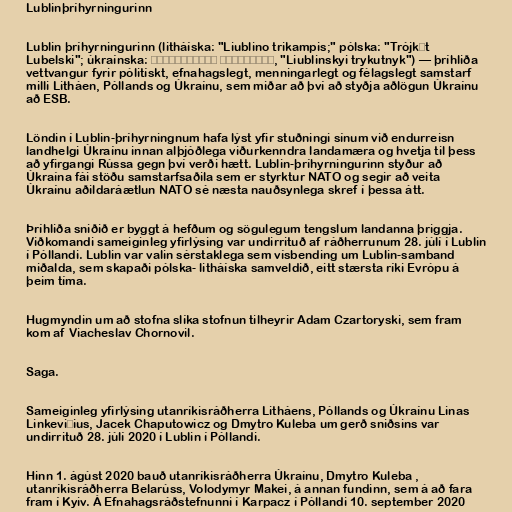
Lublinþríhyrningurinn

Lublin þríhyrningurinn (litháíska: "Liublino trikampis;" pólska: "Trójkąt
Lubelski"; úkraínska: Люблінський трикутник, "Liublinskyi trykutnyk") — þríhliða
vettvangur fyrir pólitískt, efnahagslegt, menningarlegt og félagslegt samstarf
milli Litháen, Póllands og Úkraínu, sem miðar að því að styðja aðlögun Úkraínu
að ESB.

Löndin í Lublin-þríhyrningnum hafa lýst yfir stuðningi sínum við endurreisn
landhelgi Úkraínu innan alþjóðlega viðurkenndra landamæra og hvetja til þess
að yfirgangi Rússa gegn því verði hætt. Lublin-þríhyrningurinn styður að
Úkraína fái stöðu samstarfsaðila sem er styrktur NATO og segir að veita
Úkraínu aðildaráætlun NATO sé næsta nauðsynlega skref í þessa átt.

Þríhliða sniðið er byggt á hefðum og sögulegum tengslum landanna þriggja.
Viðkomandi sameiginleg yfirlýsing var undirrituð af ráðherrunum 28. júlí í Lublin
í Póllandi. Lublin var valin sérstaklega sem vísbending um Lublin-samband
miðalda, sem skapaði pólska- litháíska samveldið, eitt stærsta ríki Evrópu á
þeim tíma.

Hugmyndin um að stofna slíka stofnun tilheyrir Adam Czartoryski, sem fram
kom af Viacheslav Chornovil.

Saga.

Sameiginleg yfirlýsing utanríkisráðherra Litháens, Póllands og Úkraínu Linas
Linkevičius, Jacek Chaputowicz og Dmytro Kuleba um gerð sniðsins var
undirrituð 28. júlí 2020 í Lublin í Póllandi.

Hinn 1. ágúst 2020 bauð utanríkisráðherra Úkraínu, Dmytro Kuleba ,
utanríkisráðherra Belarúss, Volodymyr Makei, á annan fundinn, sem á að fara
fram í Kyiv. Á Efnahagsráðstefnunni í Karpacz í Póllandi 10. september 2020